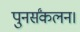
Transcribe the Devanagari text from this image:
पुनर्संकलन।